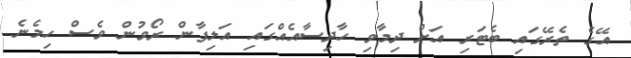
އޭގެ ތެރޭގައި ބެޓަރި އަށް ދިމާވި ހާދިސާއެއްގައި އަލިފާން ރޯވުން ވެސް ހިމެނެ